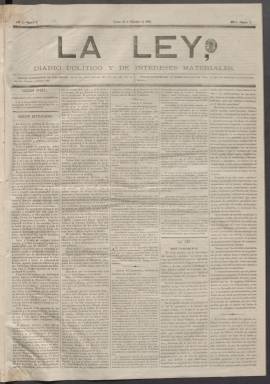
Título: La Ley (Madrid. 1867)
Colección: Periódicos
Ámbito geográfico: Madrid
Lugar de publicación: Madrid
Fechas: 27/12/1867-03/03/1868